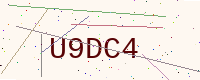
Text: U9DC4